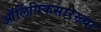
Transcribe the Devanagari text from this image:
ऑलिंपिकसारख्या